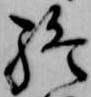
終